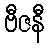
ဗီဇနီ